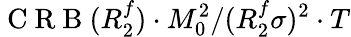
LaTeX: \mathrm{~C~R~B~}(R_{2}^{f})\cdot M_{0}^{2}/(R_{2}^{f}\sigma)^{2}\cdot T